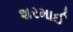
શરમાઈ